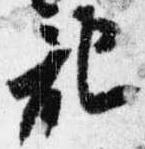
記